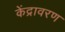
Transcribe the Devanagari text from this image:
केंद्रावरण